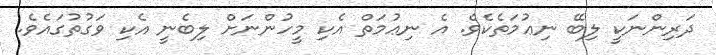
ދަރިންނަކީ ލިބޭ ނިޢުމަތެކެވެ. އެ ނިޢުމަތް އެކި މީހުންނަށް ލިބެނީ އެކި ވަގުތުގައެވެ.